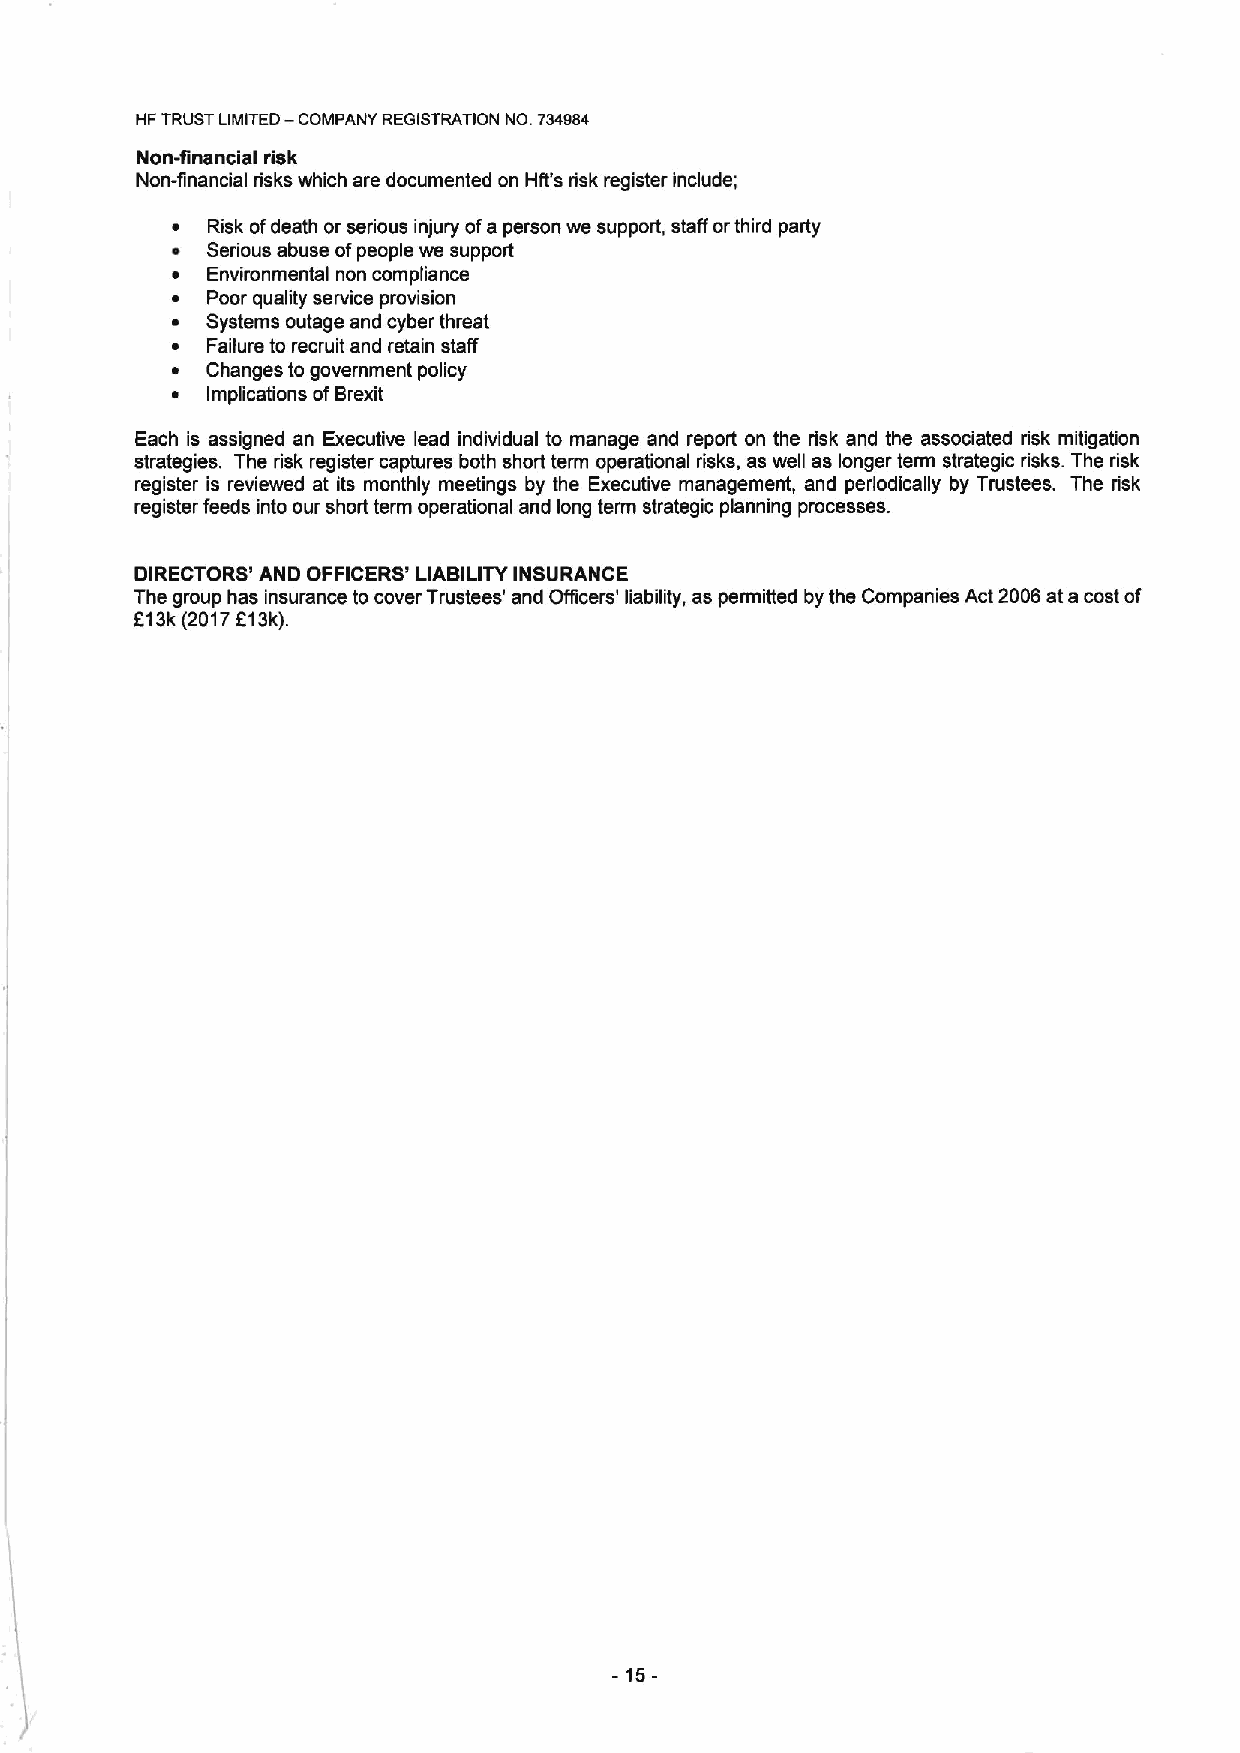
I4FTRUST LIMITED— COMPANY REGISTRATION NO. 734984
 Non-financial risk
 Non-financial risks which are documented on Hft's risk register include;
 ~  Risk ofdeath or serious injury ofa person we support, staff orthird party
 ~  Serious abuse ofpeople we support
 ~  Environmental non compliance
 ~  Poor quality service provision
 ~  Systems outage and cyber threat
 ~  Failure to recruit and retain staff
 ~  Changes to government policy
 ~  Implications ofBrexit
 Each is assigned an Executive lead individual to manage and report on the risk and the associated risk mitigation
 strategies. The risk register captures both short term operational risks, as well as longer term strategic risks. The risk
 register is reviewed at its monthly meetings by the Executive management, and periodically by Trustees. The risk
 register feeds into our short term operational and long term strategic planning processes.
 DIRECTORS' AND OFFICERS' LIABILITYINSURANCE
 The group has insurance to cover Trustees' and Officers' liability, as permitted by the Companies Act 2006at a cost of
 F13k(2017613k).
 -15-